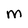
Character: M